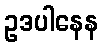
ဥဒပါနေန